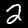
Label: 2